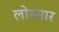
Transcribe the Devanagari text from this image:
लोस्सार